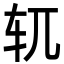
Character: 𫐄